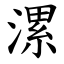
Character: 漯